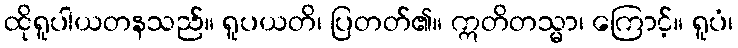
ထိုရူပါယတနသည်။ ရူပယတိ၊ ပြတတ်၏။ ဣတိတသ္မာ၊ ကြောင့်။ ရူပံ၊